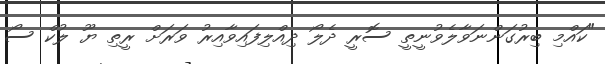
"ކައްމި ބިރުގަންނަވާލެވުނީތީ ސޮރީ ދެލޯ ދިއްލިފައިވާއިރު ވަރަށް ރީތި ޔޫ ލުކް ސޯ